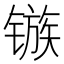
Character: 镞